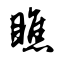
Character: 瞧